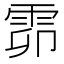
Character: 𩂞